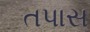
તપાસ